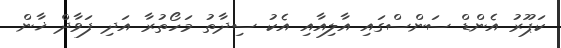
ކަޕޫރު އެންޑް ސަންސްގައި އާލިއާއި އެކު ސިދާތު މަހޯތުރާ އަދި ފަވާދް ޚާން